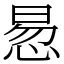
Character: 惖